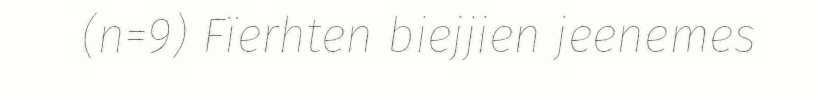
(n=9) Fïerhten biejjien jeenemes